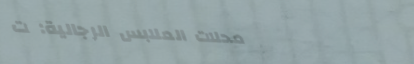
محلات الملابس الرجالية: ت